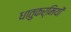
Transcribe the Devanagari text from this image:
धातुकर्मियों